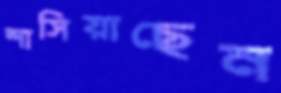
শাসিয়াছেন